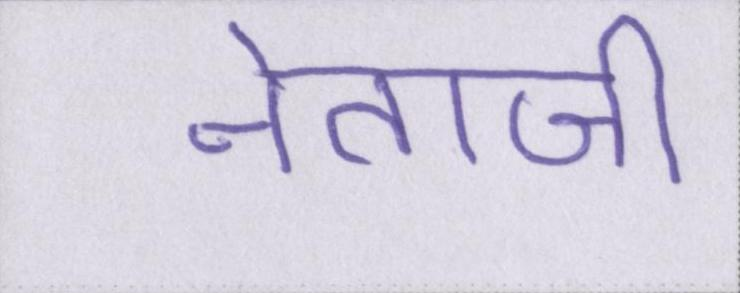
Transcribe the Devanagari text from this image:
नेताजी